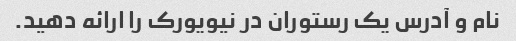
نام و آدرس یک رستوران در نیویورک را ارائه دهید.